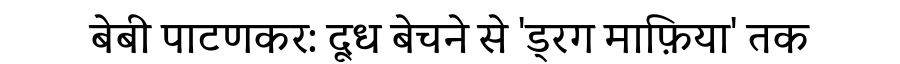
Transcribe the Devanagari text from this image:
बेबी पाटणकर: दूध बेचने से 'ड्रग माफ़िया' तक